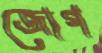
জোগ